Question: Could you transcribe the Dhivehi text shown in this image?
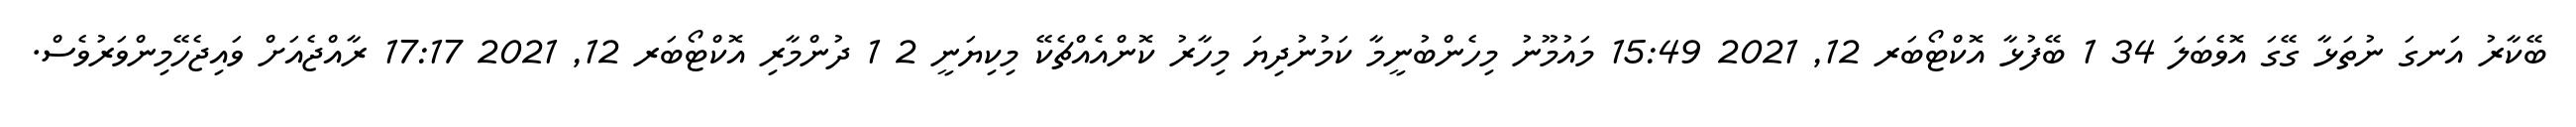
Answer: ބޭކާރު އަނގަ ނުތަޅާ ގޭގަ އޮވެބަލަ 34 1 ބޭފުޅާ އޮކްޓޯބަރ 12, 2021 15:49 މައުމޫނު މިހެންބުނީމާ ކަމުނުދިޔަ މިހާރު ކޮންއެއްޗެކޭ މިކިޔަނީ 2 1 ދުންމާރި އޮކްޓޯބަރ 12, 2021 17:17 ރާއްޖެއަށް ވައިޖެހޭމިންވަރުވެސް.